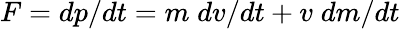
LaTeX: F=dp/dt=m\; dv/dt+v\; dm/dt